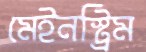
মেইনস্ট্রিম